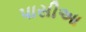
પાસીઆ